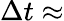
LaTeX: \Delta t\approx